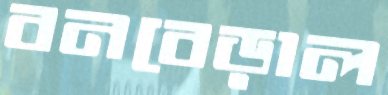
বনবেড়াল